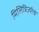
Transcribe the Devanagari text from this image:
मिलित्रिज्यीचे